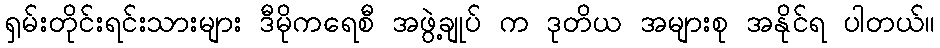
ရှမ်းတိုင်းရင်းသားများ ဒီမိုကရေစီ အဖွဲ့ချုပ် က ဒုတိယ အများစု အနိုင်ရ ပါတယ်။